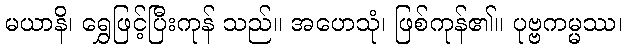
မယာနိ၊ ရွှေဖြင့်ပြီးကုန် သည်။ အဟေသုံ၊ ဖြစ်ကုန်၏။ ပုဗ္ဗကမ္မဿ၊